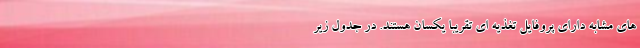
های مشابه دارای پروفایل تغذیه ای تقریبا یکسان هستند. در جدول زیر